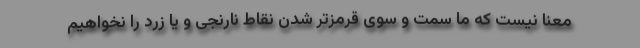
معنا نیست که ما سمت و سوی قرمزتر شدن نقاط نارنجی و یا زرد را نخواهیم